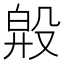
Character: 𣪞